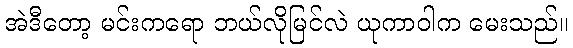
အဲဒီတော့ မင်းကရော ဘယ်လိုမြင်လဲ ယုကာဝါက မေးသည်။